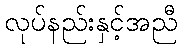
လုပ်နည်းနှင့်အညီ